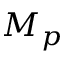
M _ { p }